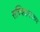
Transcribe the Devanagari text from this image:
सच्चिदानदरुप